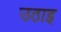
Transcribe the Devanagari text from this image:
उठाइ